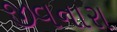
જીવનારા